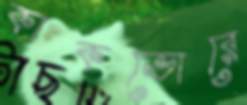
কাকভোরে